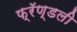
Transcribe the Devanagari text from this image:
फ्रॅण्डली